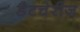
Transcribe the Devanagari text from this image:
डैटचेरीज